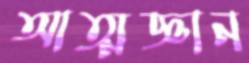
আত্মজ্ঞান